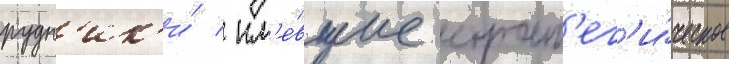
рудн'ик'и́ / им'е́вшие страт'ег'и́ческое